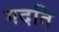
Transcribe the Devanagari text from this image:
गदति